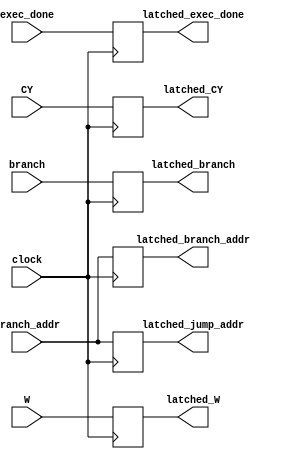
module predictor_input_latch (	input [21:0]	branch,
											input [10:0]	branch_addr,
											input [15:0]	W,
											input				CY,
											input				exec_done,
											input				clock,
											output reg [10:0] latched_jump_addr,
											output reg [21:0]	latched_branch,
											output reg [10:0] latched_branch_addr,
											output reg [15:0]	latched_W,
											output reg			latched_CY,
											output reg 			latched_exec_done);
											
	always @ (posedge clock) begin
		latched_branch <= branch;
		latched_branch_addr <= branch_addr;
		latched_W <= W;
		latched_CY <= CY;
		latched_exec_done <= exec_done;
		latched_jump_addr <= branch_addr[10:0];
	end
	
endmodule